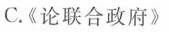
C.《论联合政府》